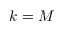
k = M